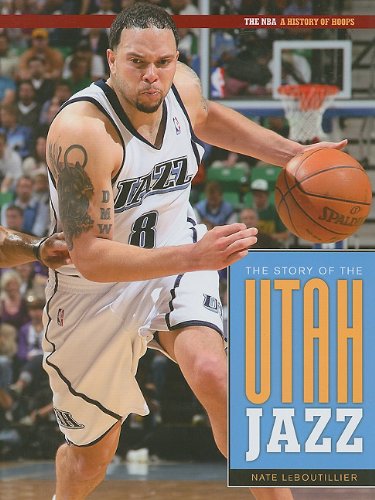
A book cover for The Story Of The Utah Jazz (The NBA: a History of Hoops); Nate Leboutillier; Teen & Young Adult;